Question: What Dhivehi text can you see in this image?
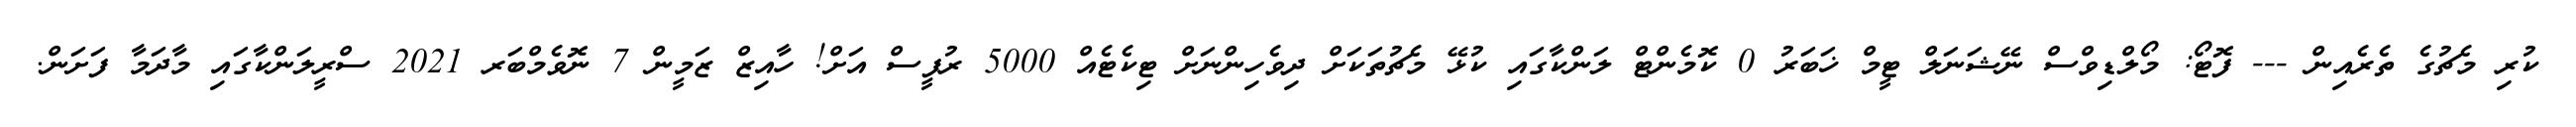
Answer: ކުރި މެޗުގެ ތެރެއިން --- ފޮޓޯ: މޯލްޑިވްސް ނޭޝަނަލް ޓީމް ޚަބަރު 0 ކޮމެންޓް ލަންކާގައި ކުޅޭ މެޗުތަކަށް ދިވެހިންނަށް ޓިކެޓެއް 5000 ރުފީސް އަށް! ހާއިޒް ޒަމީން 7 ނޮވެމްބަރ 2021 ސްރީލަންކާގައި މާދަމާ ފަށަން.